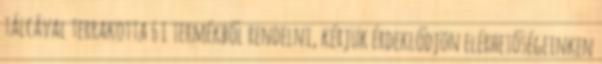
tálcával terrakotta 6 L termékből rendelni, kérjük érdeklődjön elérhetőségeinken